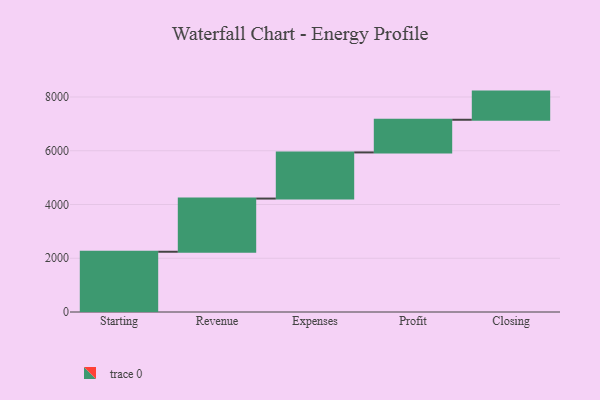
{"axis": {"x": "Step", "y": "Value"}, "legend": [""], "data": [{"x": "Starting", "y": 2242.0, "type": ""}, {"x": "Revenue", "y": 1979.0, "type": ""}, {"x": "Expenses", "y": 1717.0, "type": ""}, {"x": "Profit", "y": 1215.0, "type": ""}, {"x": "Closing", "y": 1048.0, "type": ""}]}